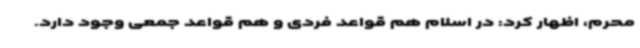
محرم، اظهار کرد: در اسلام هم قواعد فردی و هم قواعد جمعی وجود دارد.